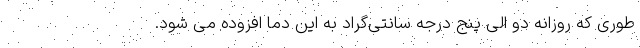
طوری که روزانه دو الی پنج درجه سانتی‌گراد به این دما افزوده می شود.